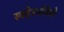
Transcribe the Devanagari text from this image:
स्वदेशसेवेची